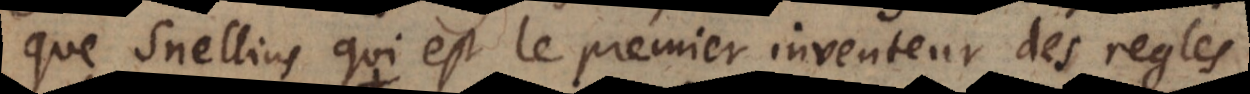
que Snellius qui est le premier inventeur des regles